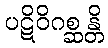
ပဋိဝိဂစ္ဆန္တိ